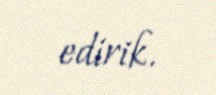
edirik.